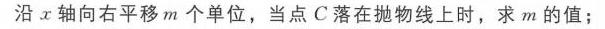
沿\(x\)轴向右平移\(m\)个单位，当点\(C\)落在抛物线上时，求\(m\)的值；